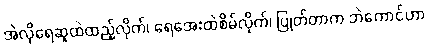
အဲလိုရေဆူထဲထည့်လိုက်၊ ရေအေးထဲစိမ်လိုက်၊ ပြုတ်တာက ဘဲကောင်ဟာ